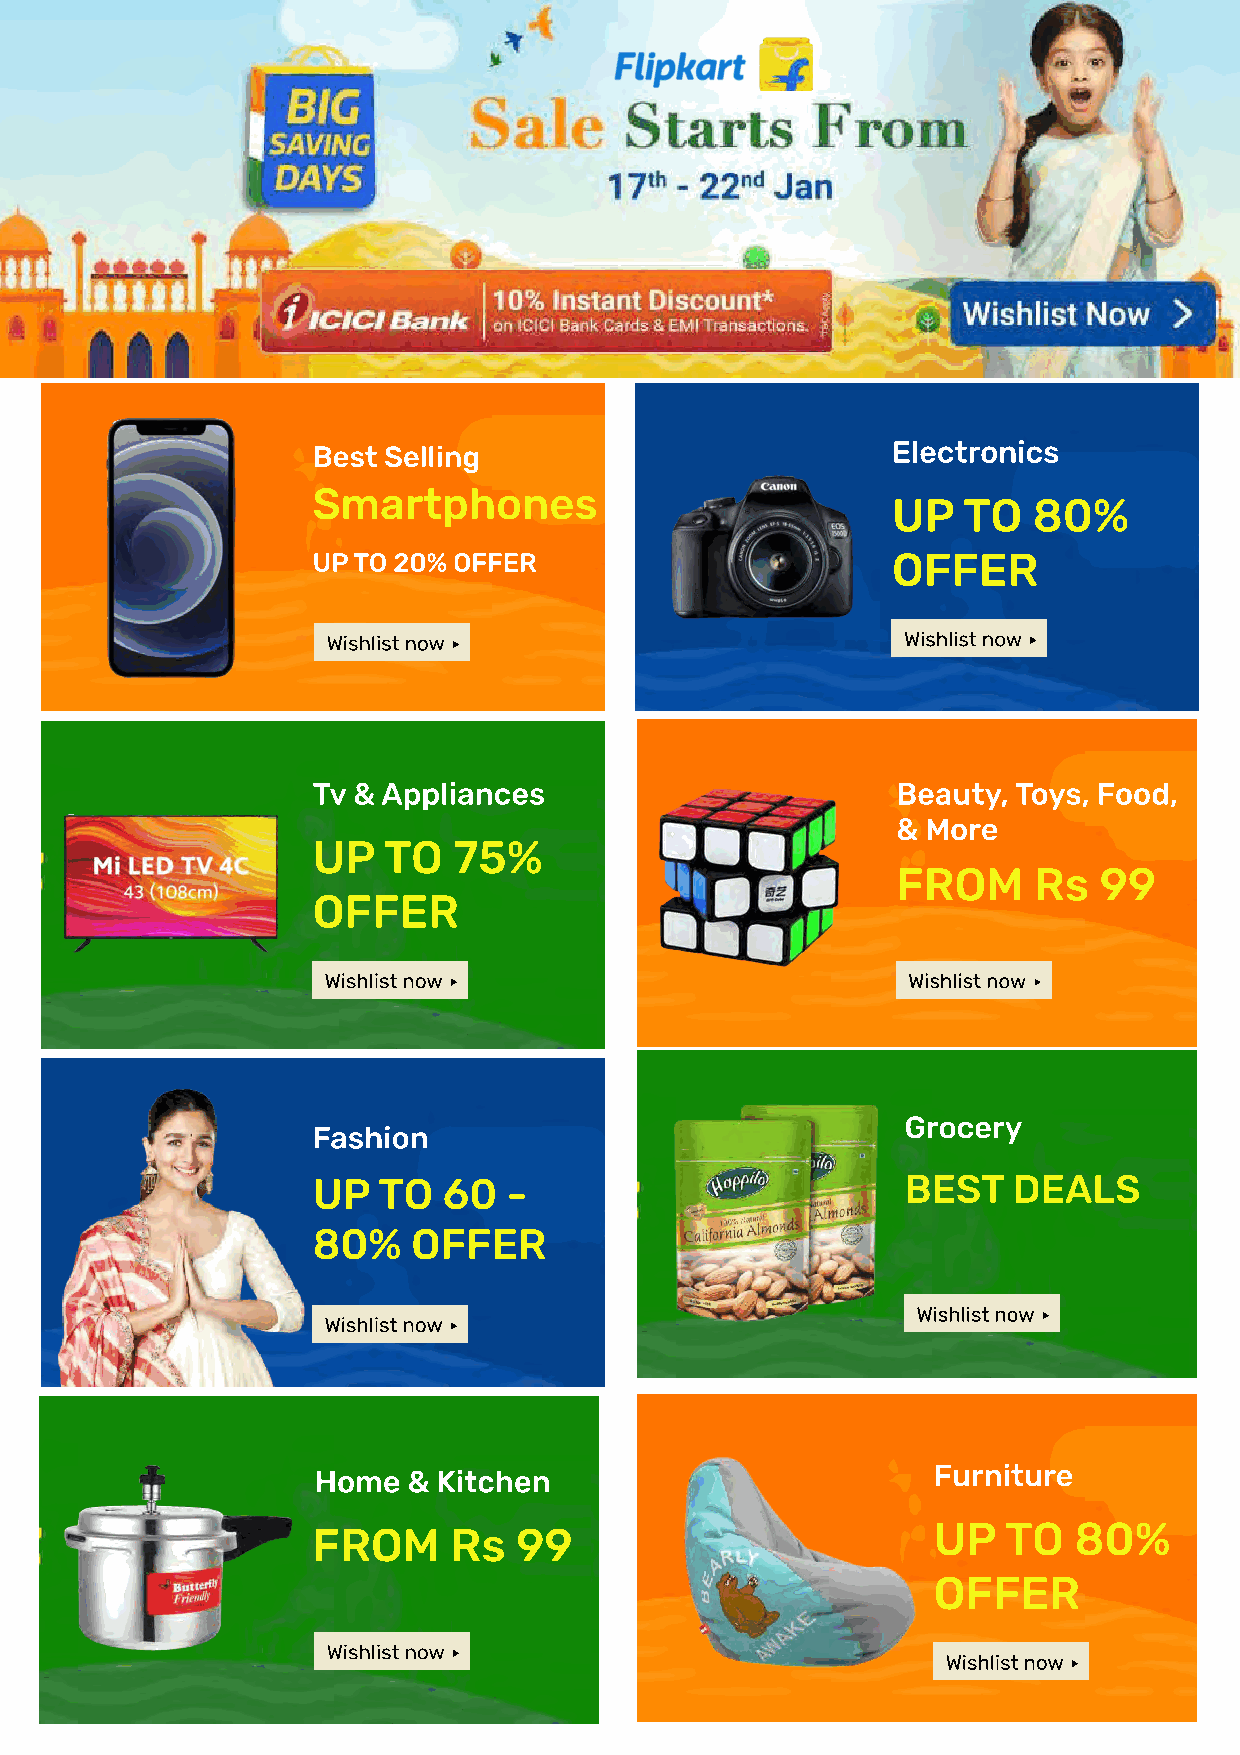
Best Selling                          Electronics
 Smartphones
 UP   TO  80%
 up to 20% offer                       OFFER
 Wishlist now                          Wishlist now
 Tv & Appliances                       Beauty, Toys, Food,
 & More
 UP  TO   75%
 FROM     Rs   99
 OFFER
 Wishlist now                           Wishlist now
 Grocery
 Fashion
 UP  TO  60   -                         BEST   DEALS
 80%   OFFER
 Wishlist now
 Wishlist now
 Home  & kitchen                          Furniture
 FROM     Rs  99                          UP   TO  80%
 OFFER
 Wishlist now
 Wishlist now